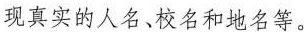
现真实的人名、校名和地名等。